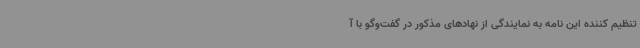
تنظیم کننده این نامه به نمایندگی از نهادهای مذکور در گفت‌وگو با آ